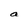
Character: a